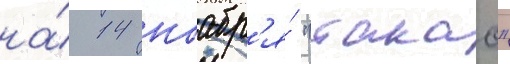
на́ 14 ноабр'я́ "такао"